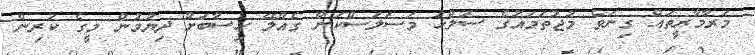
މަރާމާރީތައް ގިނަވެ މުޖުތަމައުގެ ސުލްހަ މަސަލަސްކަން ގެއްލޭ ހިސާބަށް ދިޔުމުން މީގެ ކުރިން